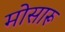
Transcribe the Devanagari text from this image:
मोसारू